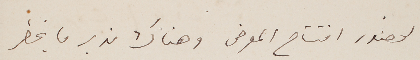
لحضور افتتاح المعرض وهناك ندبر ما يخطر